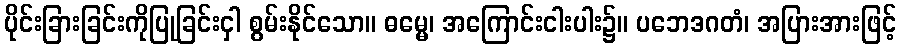
ပိုင်းခြားခြင်းကိုပြုခြင်းငှါ စွမ်းနိုင်သော။ ဓမ္မေ၊ အကြောင်းငါးပါး၌။ ပဘေဒဂတံ၊ အပြားအားဖြင့်